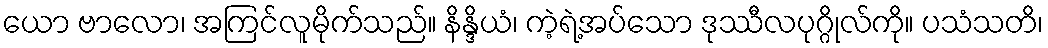
ယော ဗာလော၊ အကြင်လူမိုက်သည်။ နိန္ဒိယံ၊ ကဲ့ရဲ့အပ်သော ဒုဿီလပုဂ္ဂိုလ်ကို။ ပသံသတိ၊